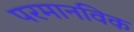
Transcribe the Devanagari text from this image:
परमानविक